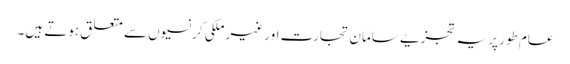
عام طور پر یہ تجزیے سامان تجارت اور غیر ملکی کرنسیوں سے متعلق ہوتے ہیں۔